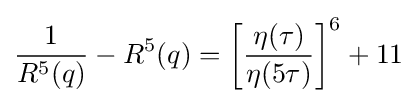
{\frac {1}{R^{5}(q)}}-R^{5}(q)=\left[{\frac {\eta (\tau )}{\eta (5\tau )}}\right]^{6}+11